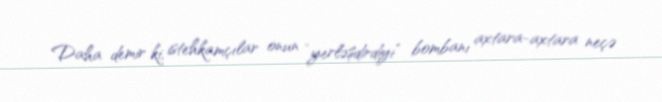
Daha demir ki, istehkamçılar onun “yerləşdirdiyi” bombanı axtara-axtara neçə